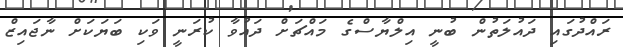
ރައްދުގައި ދައުލަތުން ބުނީ އިލްޔާސްގެ މައްޗަށް ދައުވާ ކުރަނީ ވަކި ބަޔަކަށް ނާޖައިޒް